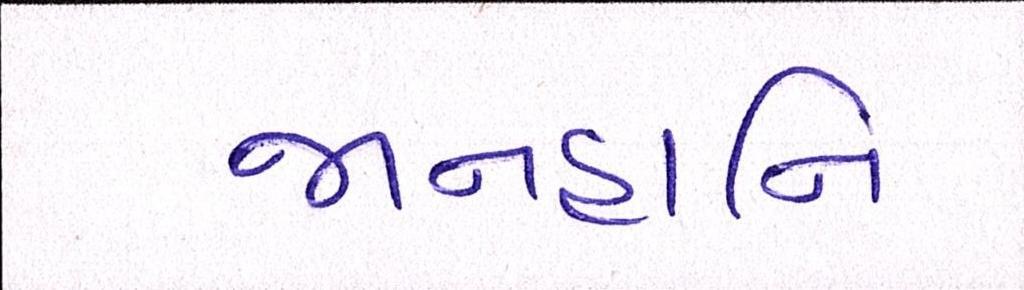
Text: જાનહાનિ